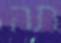
תה